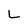
Character: L